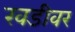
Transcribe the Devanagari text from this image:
खडीवर